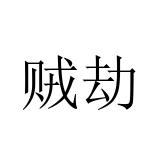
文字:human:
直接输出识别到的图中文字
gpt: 贼劫